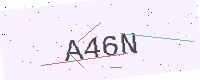
Text: A46N